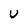
Character: U